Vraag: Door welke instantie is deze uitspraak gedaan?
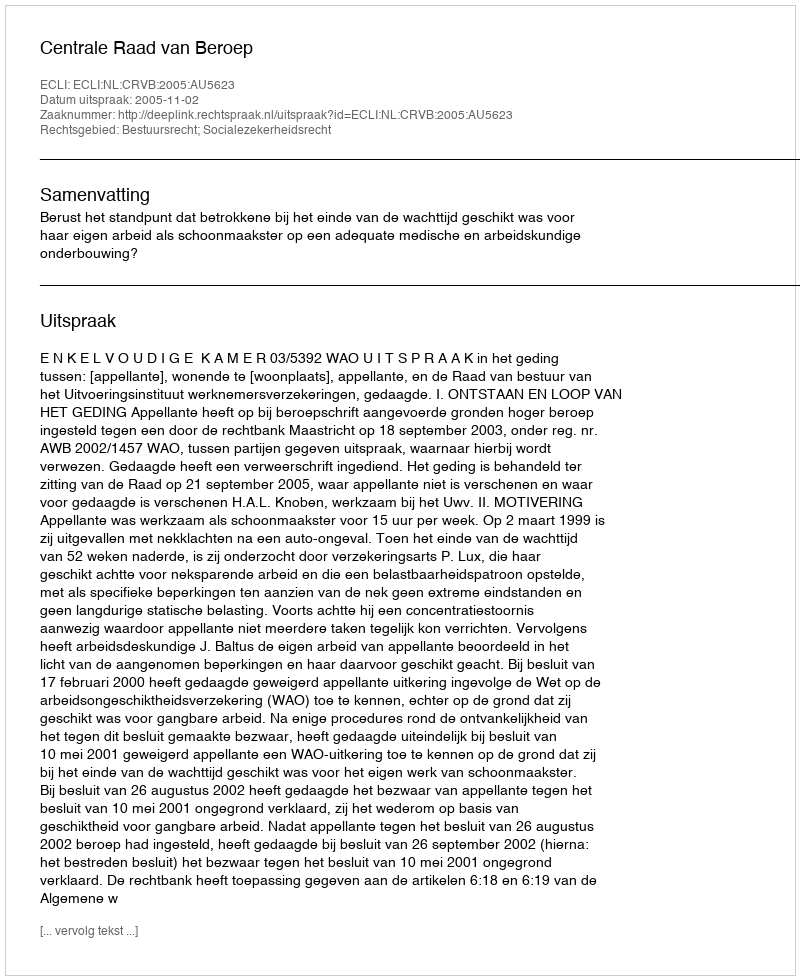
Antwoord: Centrale Raad van Beroep